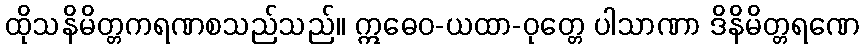
ထိုသနိမိတ္တကရဏစသည်သည်။ ဣဓေဝ-ယထာ-ဝုတ္တေ ပါသာဏာ ဒိနိမိတ္တရဏေ